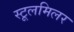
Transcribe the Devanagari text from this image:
स्टूलमिलर